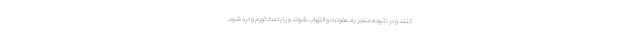
کنند و در نتیجه منجر به عفونت و التهاب شوند و یا باعث تورم و درد شود.